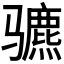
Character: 𬴍